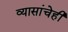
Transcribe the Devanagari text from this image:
व्यासांचेही